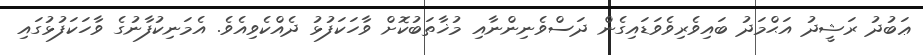
ޢަބުދު ރަޝީދު އަޙްމަދު ބައިވެރިވެވަޑައިގެން ދަސްވެނިންނާއި މުޚާތަބުކޮށް ވާހަކަފުޅު ދެއްކެވިއެވެ. އެމަނިކުފާނުގެ ވާހަކަފުޅުގައި